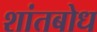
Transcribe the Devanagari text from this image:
शांतबोध